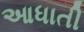
આધાતી